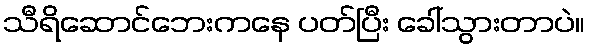
သီရိဆောင်ဘေးကနေ ပတ်ပြီး ခေါ်သွားတာပဲ။